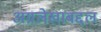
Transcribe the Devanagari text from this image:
अग्रलेखाबद्दल